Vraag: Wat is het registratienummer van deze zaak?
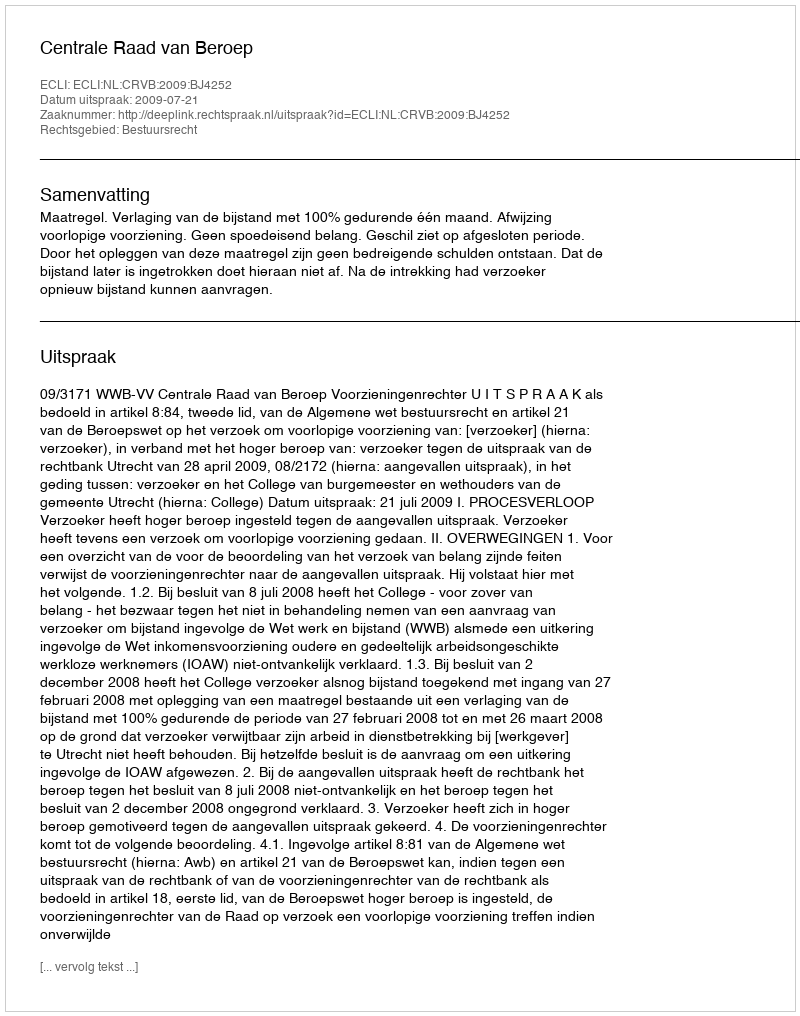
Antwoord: http://deeplink.rechtspraak.nl/uitspraak?id=ECLI:NL:CRVB:2009:BJ4252